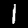
Digit: 1